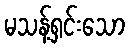
မသန့်ရှင်းသော